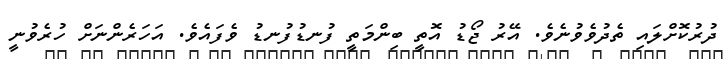
ދުރުކޮށްލައި ތެދުވެވުނެވެ. އޭރު ޖޯޑު އޮތީ ބިންމަތީ ފުނޑުފުނޑު ވެފައެވެ. އަހަރެންނަށް ހުރެވުނީ